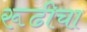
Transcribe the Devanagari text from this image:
रूढीचा